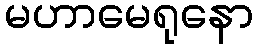
မဟာမေရုနော